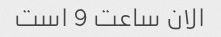
الان ساعت 9 است